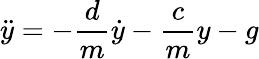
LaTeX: {\ddot{y}}=-{\frac{d}{m}}{\dot{y}}-{\frac{c}{m}}y-g